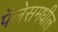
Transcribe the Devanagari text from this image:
पॅलेसमधील